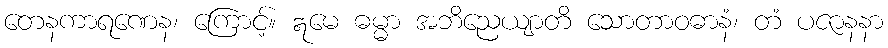
တေနကာရဏေန၊ ကြောင့်။ ဣမေ ဓမ္မာ အဘိညေယျာတိ သောတာဝဓာနံ၊ တံ ပဇာနနာ